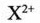
X^{2+}